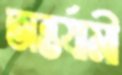
অন্তর্যামী